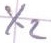
Text: X2